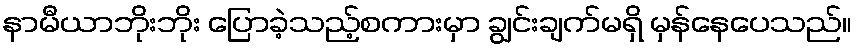
နာမီယာဘိုးဘိုး ပြောခဲ့သည့်စကားမှာ ချွင်းချက်မရှိ မှန်နေပေသည်။